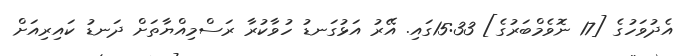
އެދުވަހުގެ [17 ނޮވެމްބަރުގެ] 15:33ގައި. އޭރު އަޅުގަނޑު ހުވާކުރާ ރަސްމިއްޔާތަށް ދަނޑު ކައިރިއަށް